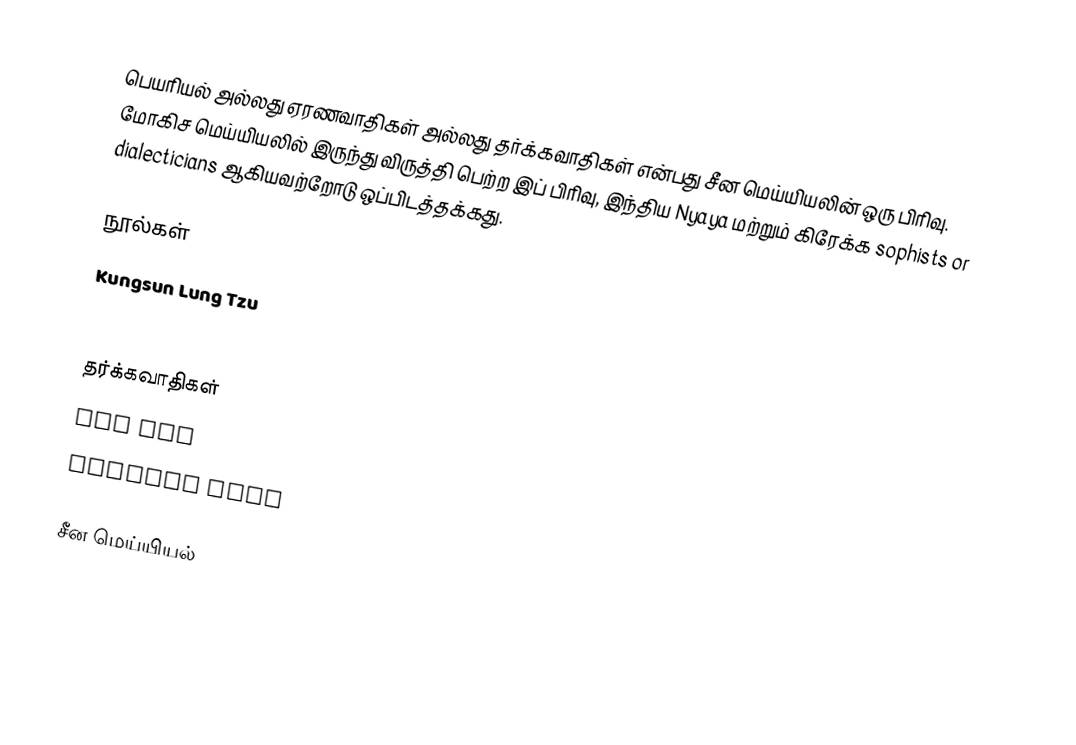
பெயரியல் அல்லது ஏரணவாதிகள் அல்லது தர்க்கவாதிகள் என்பது சீன மெய்யியலின் ஒரு பிரிவு. மோகிச மெய்யியலில் இருந்து விருத்தி பெற்ற இப் பிரிவு, இந்திய Nyaya மற்றும் கிரேக்க sophists or dialecticians ஆகியவற்றோடு ஒப்பிடத்தக்கது.

நூல்கள்
 Kungsun Lung Tzu
 Chapter 33 of Chuang Tzu (Zhuangzi).

தர்க்கவாதிகள்
 Hui Shi
 Gongsun Long

சீன மெய்யியல்